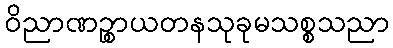
ဝိညာဏဉ္စာယတနသုခုမသစ္စသညာ